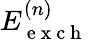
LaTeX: E_{\mathrm{~e~x~c~h~}}^{(n)}